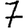
Digit: 7